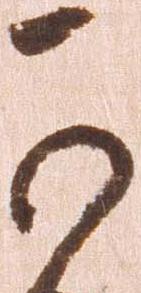
可